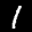
Label: 1